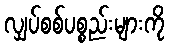
လျှပ်စစ်ပစ္စည်းများကို